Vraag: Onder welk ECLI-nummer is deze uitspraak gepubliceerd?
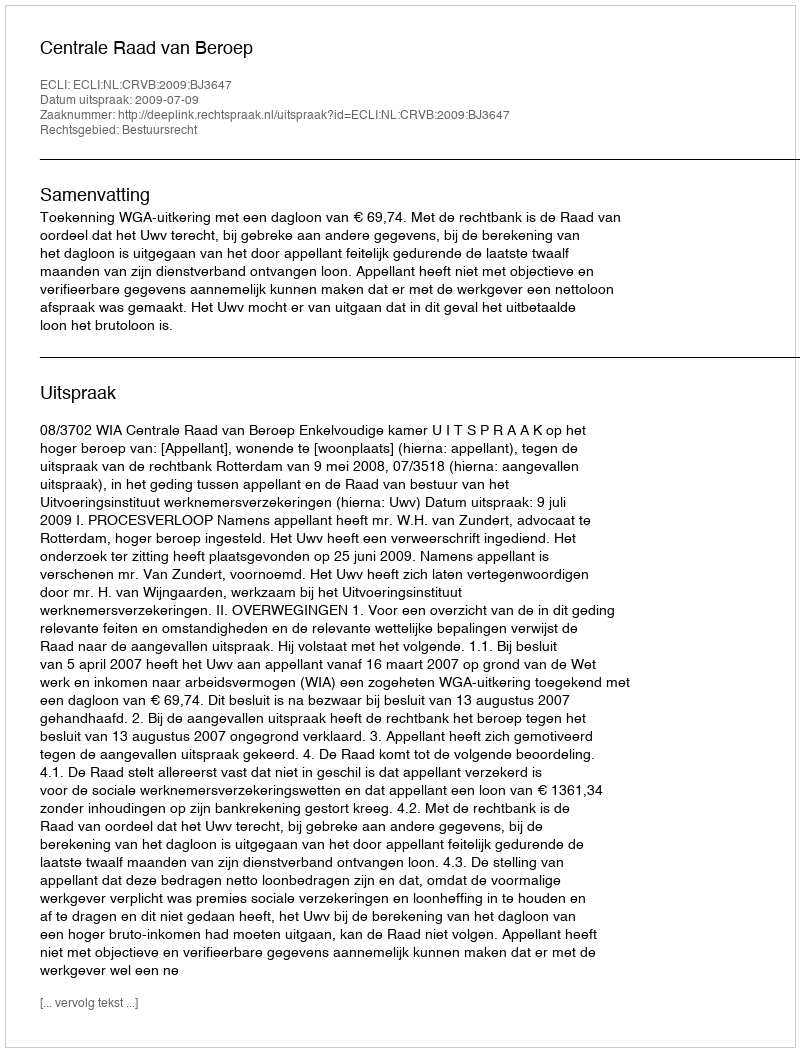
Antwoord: ECLI:NL:CRVB:2009:BJ3647